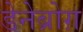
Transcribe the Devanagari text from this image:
डेनेब्रोग़